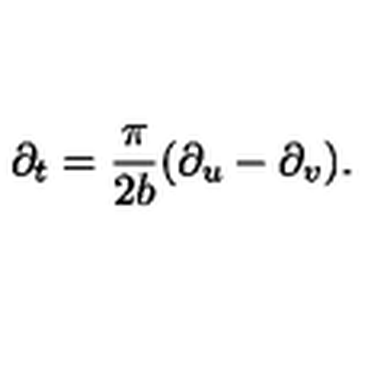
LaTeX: \partial _ { t } = { \frac { \pi } { 2 { b } } } ( \partial _ { u } - \partial _ { v } ) .